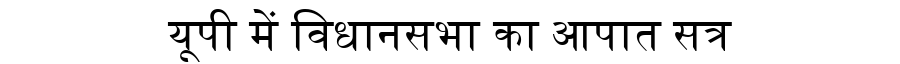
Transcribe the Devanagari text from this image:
यूपी में विधानसभा का आपात सत्र